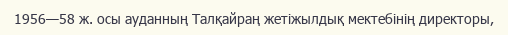
1956—58 ж. осы ауданның Талқайраң жетіжылдық мектебінің директоры,